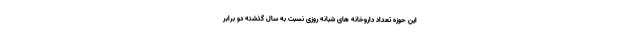
این حوزه تعداد داروخانه های شبانه روزی نسبت به سال گذشته دو برابر